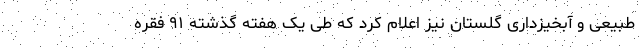
طبیعی و آبخیزداری گلستان نیز اعلام کرد که طی یک هفته گذشته ۹۱ فقره